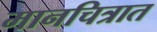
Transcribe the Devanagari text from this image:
मानचित्रात